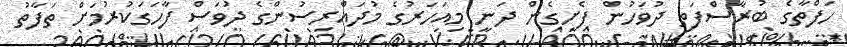
ހަފްތާގެ ބުރާސްފަތި ދުވަހުން ފެށިގެން ދަނީ މިއަހަރުގެ މުދައްރިސުންގެ ދުވަސް ފާހަގަކުރުމަށް ތަފާތު